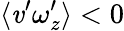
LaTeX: \langle\mathit{v}^{\prime}\omega_{z}^{\prime}\rangle<0